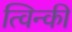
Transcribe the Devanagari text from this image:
त्विन्की